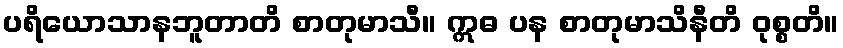
ပရိယောသာနဘူတာတိ စာတုမာသီ။ ဣဓ ပန စာတုမာသိနီတိ ဝုစ္စတိ။